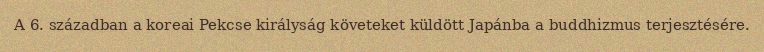
A 6. században a koreai Pekcse királyság követeket küldött Japánba a buddhizmus terjesztésére.